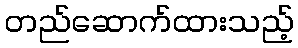
တည်ဆောက်ထားသည့်